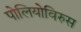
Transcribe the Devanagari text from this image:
पोलियोविरुस